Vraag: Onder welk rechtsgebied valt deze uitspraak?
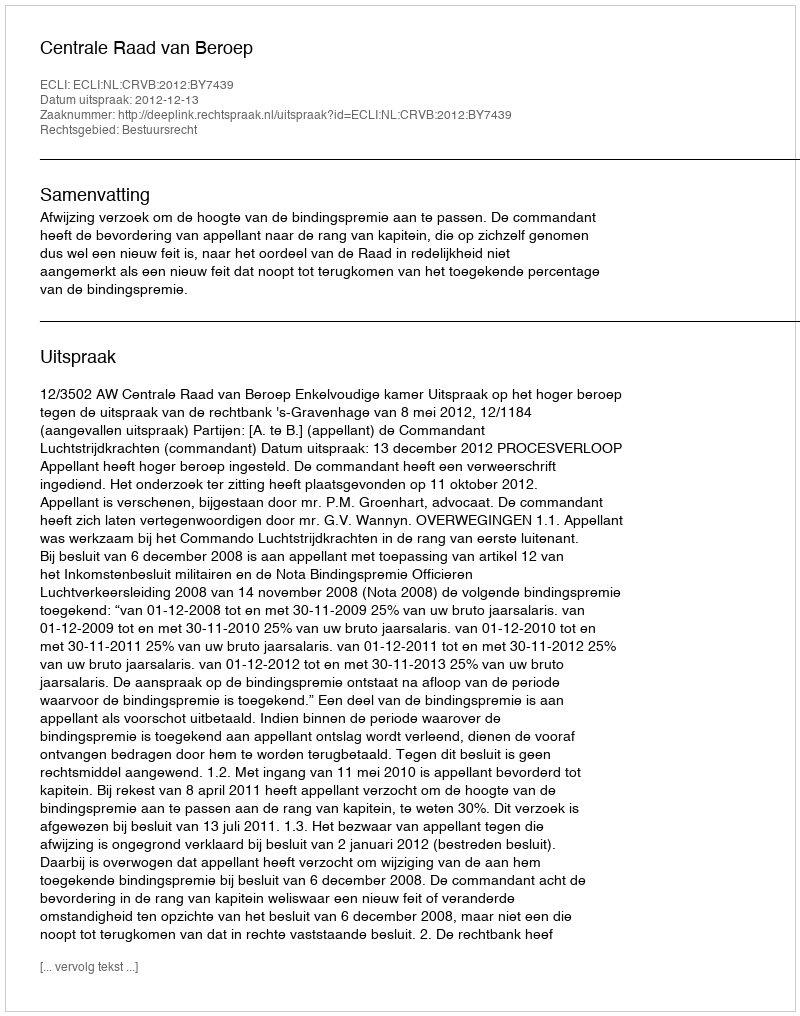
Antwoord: Bestuursrecht